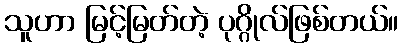
သူဟာ မြင့်မြတ်တဲ့ ပုဂ္ဂိုလ်ဖြစ်တယ်။